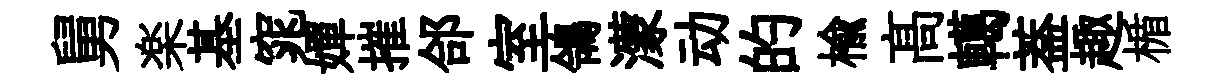
舅楽基窕嬋摧郃室鴒濛动的榆髙轕葢趣楯